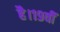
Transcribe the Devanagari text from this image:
है।१९वीं